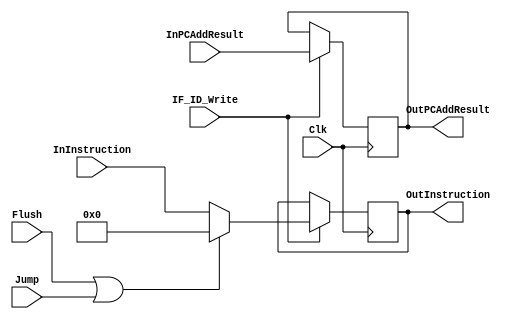
`timescale 1ns / 1ps

//////////////////////////////////////////////////////////////////////////////////////
// ECE369 - Computer Architecture
// 
// Module - IF_ID_Register.v
// Description - Create a Verilog file for the IF/ID Register of the pipelined version
//////////////////////////////////////////////////////////////////////////////////////

module IF_ID_Register(Clk, InInstruction, OutInstruction, InPCAddResult, OutPCAddResult,
                      IF_ID_Write, Flush, Jump); // Added for Hazard Detection
    
    input IF_ID_Write;
    input Flush, Jump;
    input Clk;
    input [31:0] InInstruction, InPCAddResult;

    output reg [31:0] OutInstruction, OutPCAddResult;

    initial begin
        OutInstruction <= 0;
        OutPCAddResult <= 0;
    end

    always @(posedge Clk) begin
        if (IF_ID_Write == 1) begin
            if (Flush == 1 || Jump == 1) begin
                OutInstruction <= 32'd0; // If Flush is high, send a NOP
            end
            else begin
                OutInstruction <= InInstruction;
            end
            OutPCAddResult <= InPCAddResult;
        end
    end
endmodule